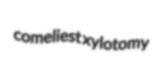
comeliest xylotomy